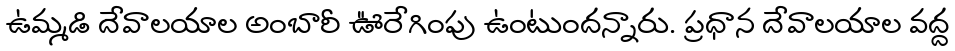
ఉమ్మడి దేవాలయాల అంబారీ ఊరేగింపు ఉంటుందన్నారు. ప్రధాన దేవాలయాల వద్ద